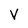
Character: V